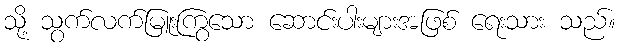
သို့ သွက်လက်မြူးကြွသော ဆောင်းပါးများအဖြစ် ရေးသား သည်။